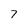
Character: 7